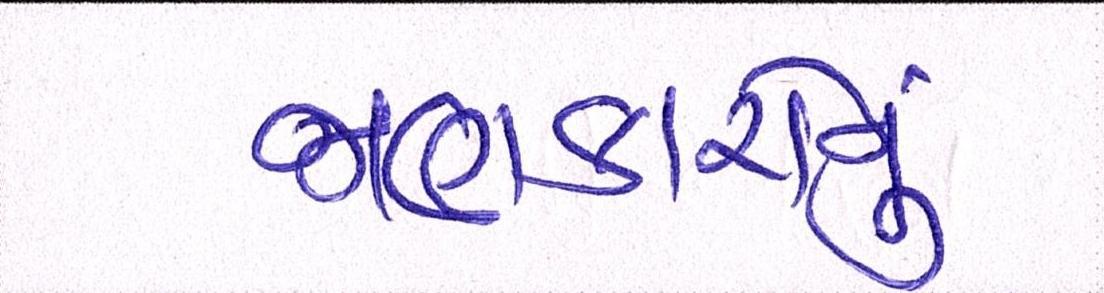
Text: જાણકારોનું